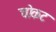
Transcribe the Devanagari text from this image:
चोकट